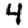
Digit: 4